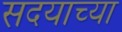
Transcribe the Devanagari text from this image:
सदयाच्या